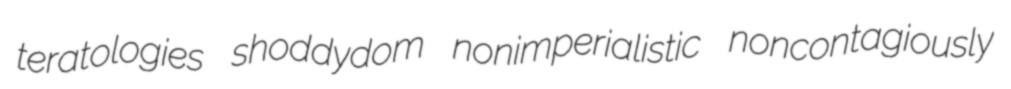
teratologies shoddydom nonimperialistic noncontagiously